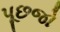
પૂછજો